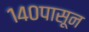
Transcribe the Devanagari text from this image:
१४०पासून